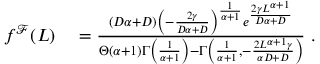
\begin{array} { r l } { f ^ { \mathcal { F } } ( L ) } & { { } = \frac { ( D \alpha + D ) \left( - \frac { 2 \gamma } { D \alpha + D } \right) ^ { \frac { 1 } { \alpha + 1 } } e ^ { \frac { 2 \gamma L ^ { \alpha + 1 } } { D \alpha + D } } } { \Theta ( \alpha + 1 ) \Gamma \left( \frac { 1 } { \alpha + 1 } \right) - \Gamma \left( \frac { 1 } { \alpha + 1 } , - \frac { 2 L ^ { \alpha + 1 } \gamma } { \alpha D + D } \right) } \ . } \end{array}